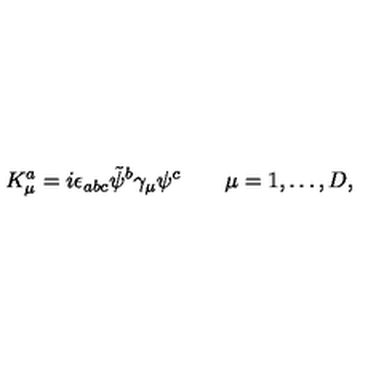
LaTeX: K _ { \mu } ^ { a } = i \epsilon _ { a b c } \tilde { \psi } ^ { b } \gamma _ { \mu } \psi ^ { c } \qquad \mu = 1 , \dots , D ,